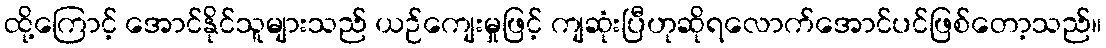
ထို့ကြောင့် အောင်နိုင်သူများသည် ယဉ်ကျေးမှုဖြင့် ကျဆုံးပြီဟုဆိုရလောက်အောင်ပင်ဖြစ်တော့သည်။